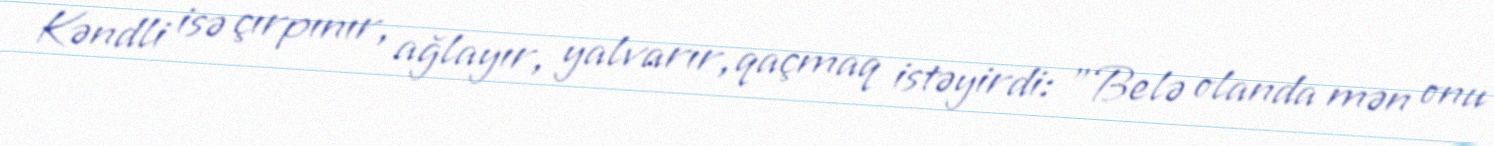
Kəndli isə çırpınır, ağlayır, yalvarır, qaçmaq istəyirdi: "Belə olanda mən onu